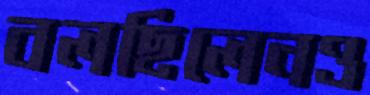
বলছিলেনও